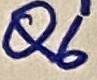
Text: Q6